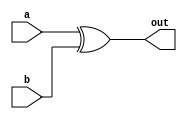
module XOR (out, a, b);
    input [15:0] a, b;
    output [15:0] out;

    assign out = a ^ b;

endmodule